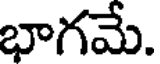
భాగమే.